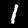
Digit: 1